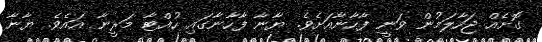
ގޮށެއް ޖަހާލަމުން ވަނީ ފާހާނާއަށެވެ. ޔާނާ ފާހާނާގައި ހުއްޓާ މަރީނާ އައެވެ. ޔާނާ